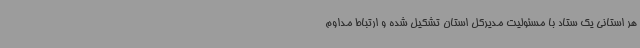
هر استانی یک ستاد با مسئولیت مدیرکل استان تشکیل شده و ارتباط مداوم